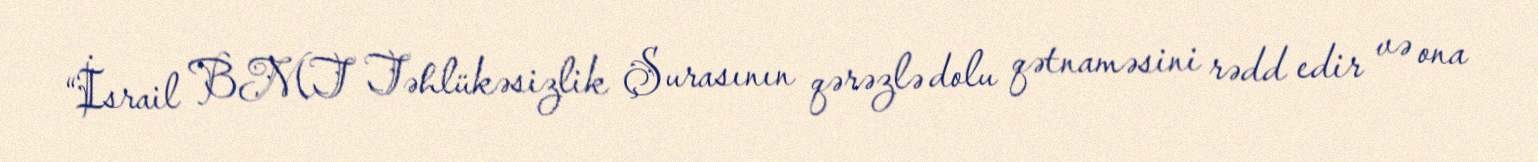
“İsrail BMT Təhlükəsizlik Şurasının qərəzlə dolu qətnaməsini rədd edir və ona